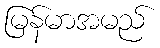
မြန်မာအမည်